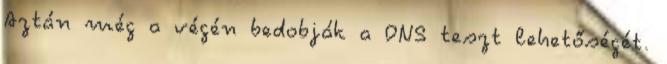
Aztán még a végén bedobják a DNS teszt lehetőségét.